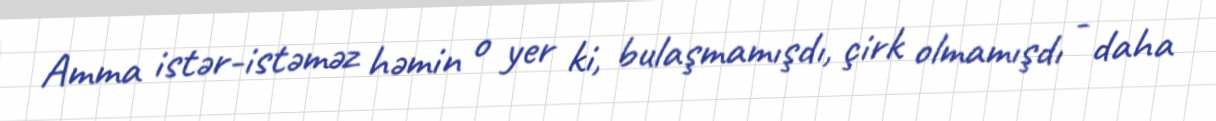
Amma istər-istəməz həmin o yer ki, bulaşmamışdı, çirk olmamışdı - daha